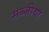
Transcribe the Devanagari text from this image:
सब्जीयां